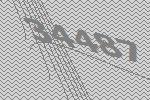
34487